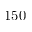
1 5 0